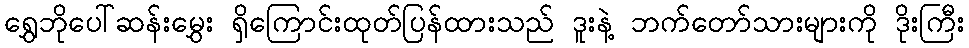
ရွှေဘိုပေါ်ဆန်းမွှေး ရှိကြောင်းထုတ်ပြန်ထားသည် ဒူးနဲ့ ဘက်တော်သားများကို ဒိုးကြီး